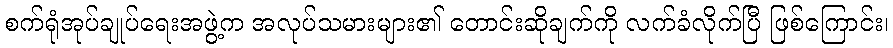
စက်ရုံအုပ်ချုပ်ရေးအဖွဲ့က အလုပ်သမားများ၏ တောင်းဆိုချက်ကို လက်ခံလိုက်ပြီ ဖြစ်ကြောင်း၊